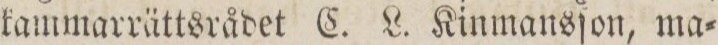
kammarrättsrådet C. L. Kinmansſon, ma=